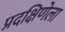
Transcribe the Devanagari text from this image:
प्रदक्षिणेला